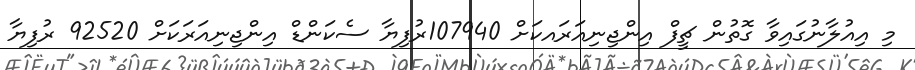
މި އިއުލާނުގައިވާ ގޮތުން ޗީފް އިންޖިނިއަރައކަށް 107940ރުފިޔާ ސެކަންޑް އިންޖިނިއަރަކަށް 92520 ރުފިޔާ